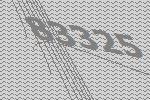
83325